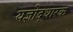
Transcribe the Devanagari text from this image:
यज्ञोद्धारक